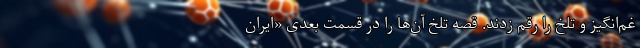
غم‌‌انگیز و تلخ‌ را رقم زدند. قصه تلخ آن‌ها را در قسمت بعدی «ایران